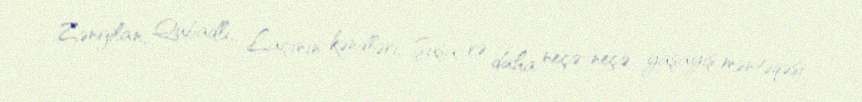
Zəngilan, Qubadlı, Laçının kəndləri, Şuşa və daha neçə-neçə yaşayış məntəqəsi